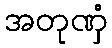
အတုဏှံ